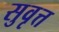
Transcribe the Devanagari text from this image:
सुवृत्त